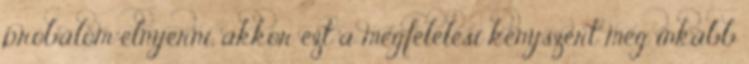
próbálom elnyerni, akkor ezt a megfelelési kényszert még inkább